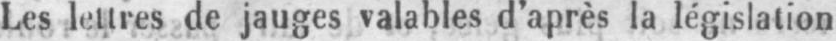
Les lettres de jauges valables d’après la législation